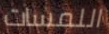
اللمسات